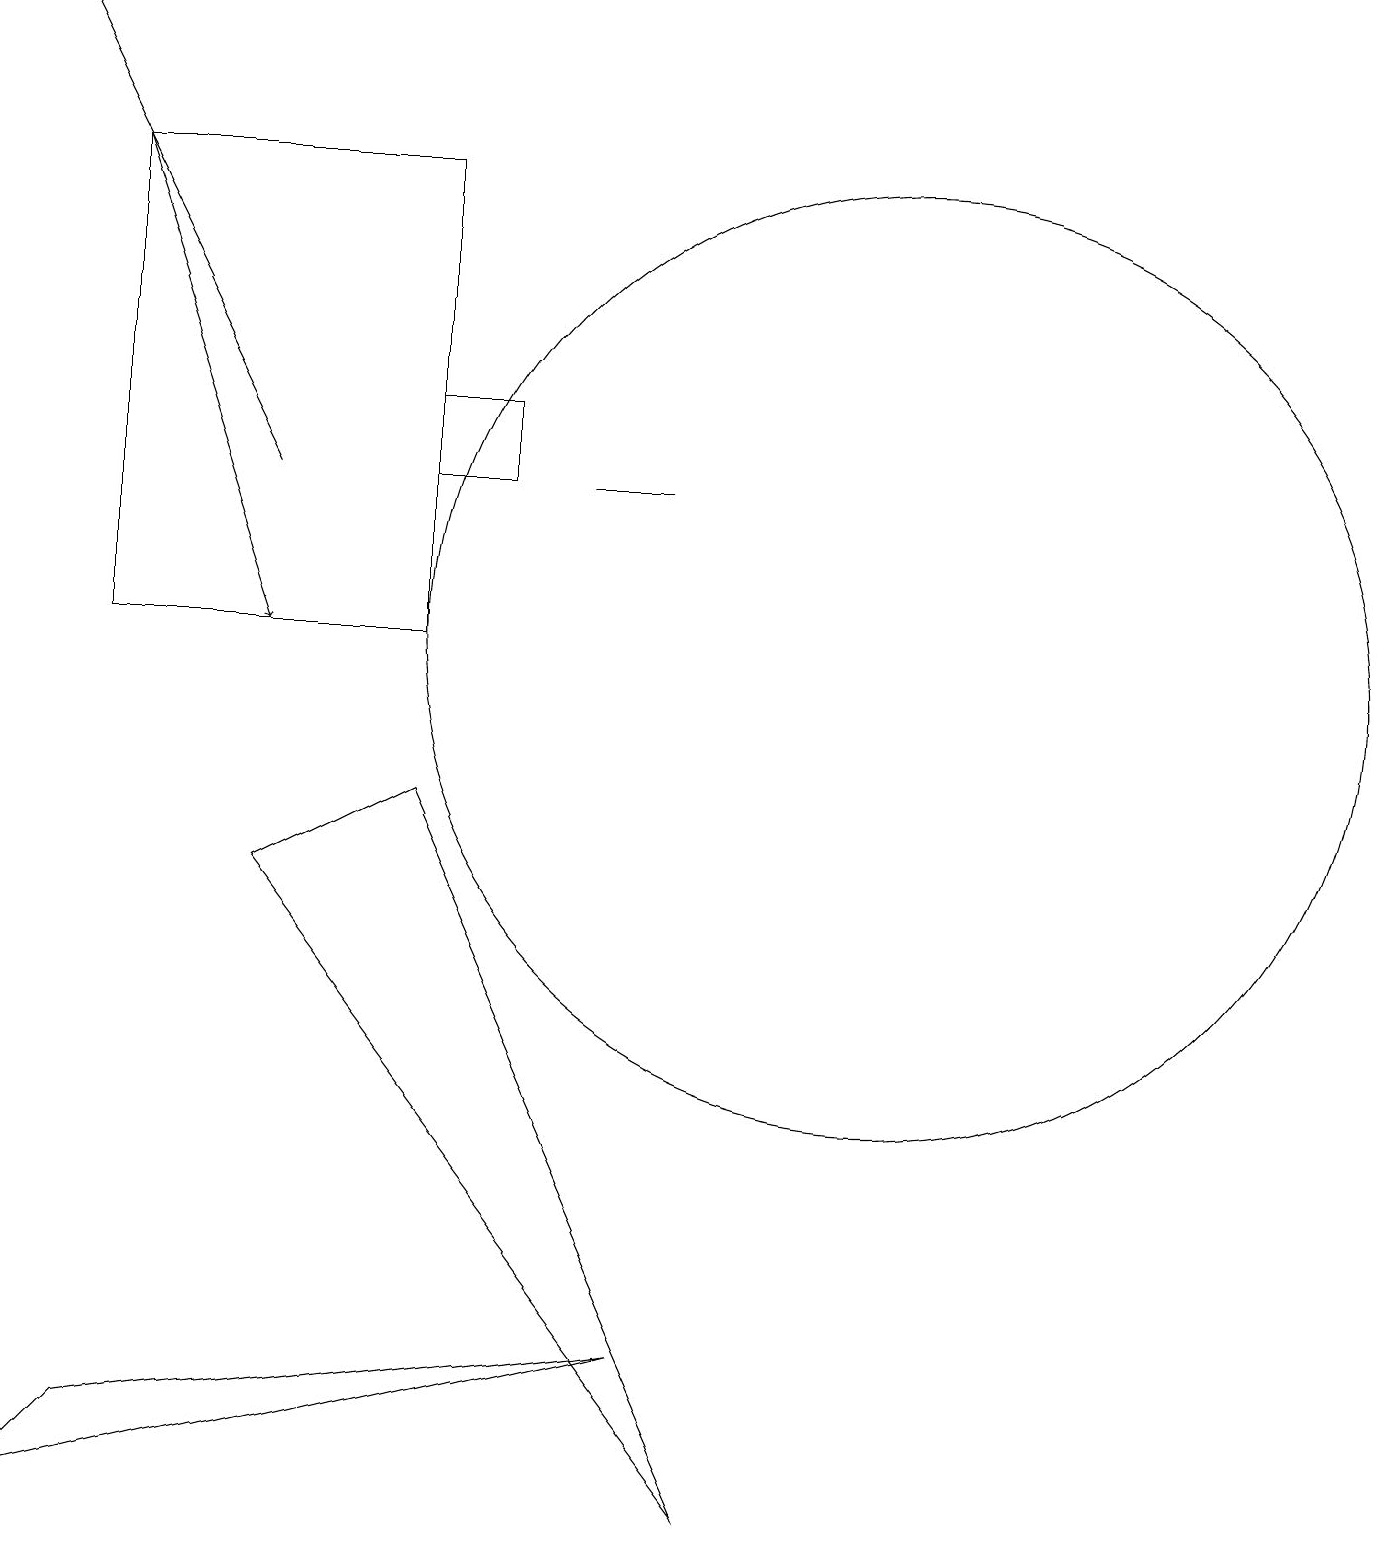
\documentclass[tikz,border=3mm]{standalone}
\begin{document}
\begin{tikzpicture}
\draw (9,0) -- (3,8) -- (5,9) -- cycle;
\draw (1,1) -- (0,0) -- (8,2) -- cycle;
\draw (11,11) circle (6);
\draw[->] (3,13) -- (0,19);
\draw (6,13) rectangle (5,14);
\draw (1,17) rectangle (5,11);
\draw (8,13) rectangle (7,13);
\draw[->] (1,17) -- (3,11);
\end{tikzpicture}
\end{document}